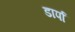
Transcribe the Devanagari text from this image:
डार्पा